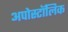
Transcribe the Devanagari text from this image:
अपोस्टॉलिक